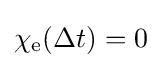
\chi _{\text{e}}(\Delta t)=0